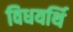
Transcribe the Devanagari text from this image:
विधयर्थि